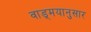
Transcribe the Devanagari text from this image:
वाड्मयानुसार